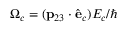
\Omega _ { c } = ( \mathbf { p } _ { 2 3 } \cdot { \hat { \mathbf { e } } } _ { c } ) { \cal E } _ { c } / \hbar